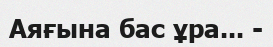
Аяғына бас ұра... -